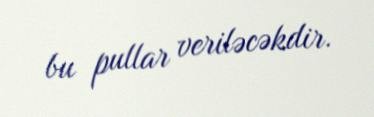
bu pullar veriləcəkdir.